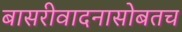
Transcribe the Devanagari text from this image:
बासरीवादनासोबतच